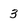
Character: 3